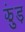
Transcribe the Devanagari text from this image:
झुंड़